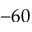
- 6 0